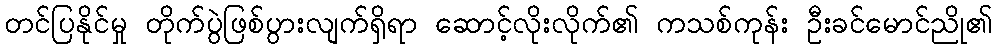
တင်ပြနိုင်မှု တိုက်ပွဲဖြစ်ပွားလျက်ရှိရာ ဆောင့်လိုးလိုက်၏ ကသစ်ကုန်း ဦးခင်မောင်ညို၏